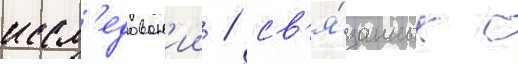
иссл'едован'ии / св'я́занных с